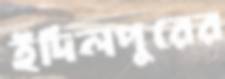
ইদিলপুরের